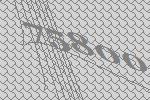
75800